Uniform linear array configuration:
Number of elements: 24
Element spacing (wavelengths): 1
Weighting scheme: kaiser
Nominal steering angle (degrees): -15
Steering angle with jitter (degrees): -15.031
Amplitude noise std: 0.05
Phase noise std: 0.05

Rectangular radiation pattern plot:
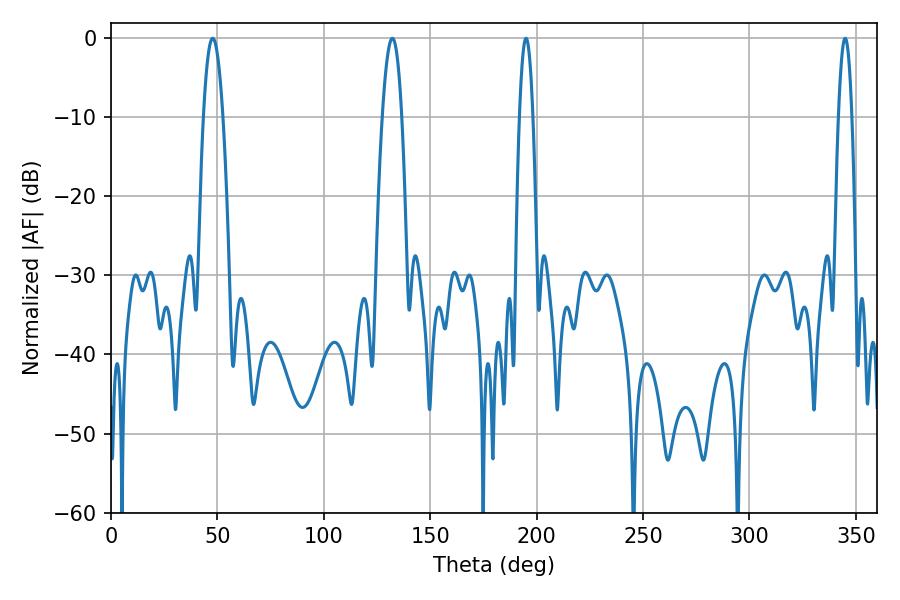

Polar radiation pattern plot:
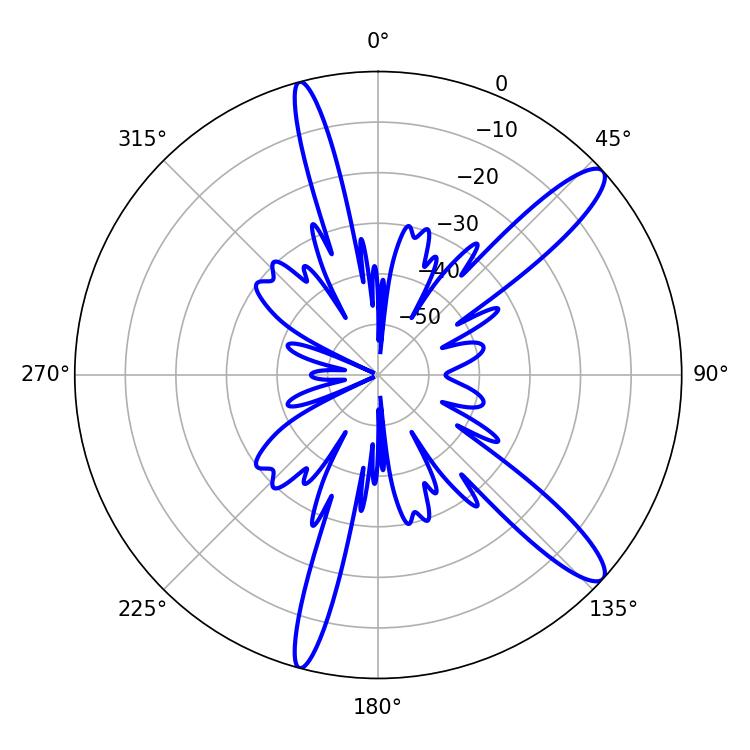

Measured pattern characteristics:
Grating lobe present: TRUE
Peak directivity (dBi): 12.727
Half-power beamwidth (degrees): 5.04
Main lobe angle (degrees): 47.7